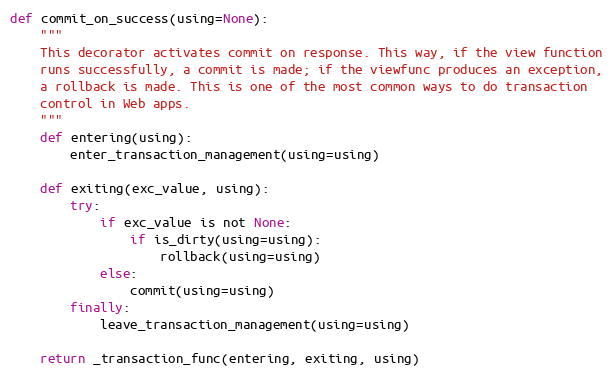
Language: Python
def commit_on_success(using=None):
    """
    This decorator activates commit on response. This way, if the view function
    runs successfully, a commit is made; if the viewfunc produces an exception,
    a rollback is made. This is one of the most common ways to do transaction
    control in Web apps.
    """
    def entering(using):
        enter_transaction_management(using=using)

    def exiting(exc_value, using):
        try:
            if exc_value is not None:
                if is_dirty(using=using):
                    rollback(using=using)
            else:
                commit(using=using)
        finally:
            leave_transaction_management(using=using)

    return _transaction_func(entering, exiting, using)